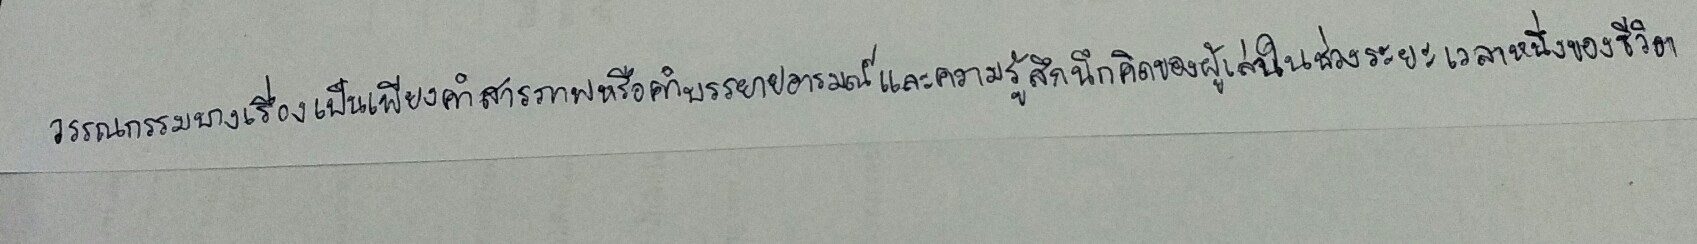
วรรณกรรมบางเรื่องเป็นเพียงคำสารภาพหรือคำบรรยายอารมณ์และความรู้สึกนึกคิดของผู้เล่าในช่วงระยะเวลาหนึ่งของชีวิต